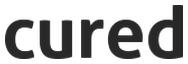
cured